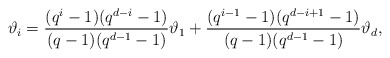
\begin{align*}\vartheta_i = \frac{(q^i-1)(q^{d-i}-1)}{(q-1)(q^{d-1}-1)} \vartheta_1+ \frac{(q^{i-1}-1)(q^{d-i+1}-1)}{(q-1)(q^{d-1}-1)} \vartheta_d,\end{align*}